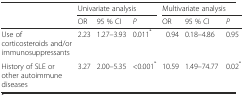
<table><thead><tr><td rowspan="2"></td><td colspan="3"><b>Univariate analysis</b></td><td colspan="3"><b>Multivariate analysis</b></td></tr><tr><td><b>OR</b></td><td><b>95 % CI</b></td><td><b><i>P</i></b></td><td><b>OR</b></td><td><b>95 % CI</b></td><td><b><i>P</i></b></td></tr></thead><tbody><tr><td>Use of corticosteroids and/or immunosuppressants</td><td>2.23</td><td>1.27–3.93</td><td>0.011<sup>*</sup></td><td>0.94</td><td>0.18–4.86</td><td>0.95</td></tr><tr><td>History of SLE or other autoimmune diseases</td><td>3.27</td><td>2.00–5.35</td><td>&lt;0.001<sup>*</sup></td><td>10.59</td><td>1.49–74.77</td><td>0.02<sup>*</sup></td></tr></tbody></table>